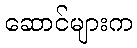
ဆောင်များက